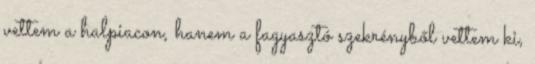
vettem a halpiacon, hanem a fagyasztó szekrényből vettem ki,